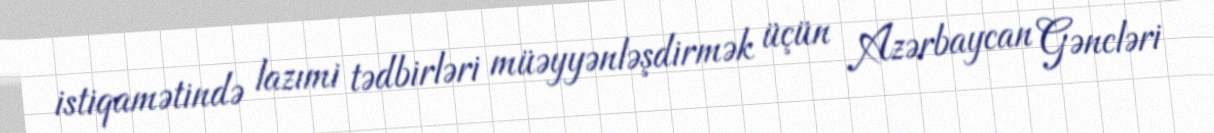
istiqamətində lazımi tədbirləri müəyyənləşdirmək üçün Azərbaycan Gəncləri